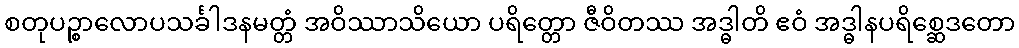
စတုပဉ္စာလောပသင်္ခါဒနမတ္တံ အဝိဿာသိယော ပရိတ္တော ဇီဝိတဿ အဒ္ဓါတိ ဧဝံ အဒ္ဓါနပရိစ္ဆေဒတော